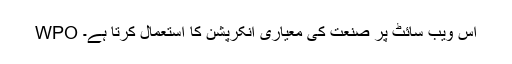
WPO اس ویب سائٹ پر صنعت کی معیاری انکرپشن کا استعمال کرتا ہے۔